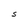
Character: S